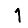
Digit: 1